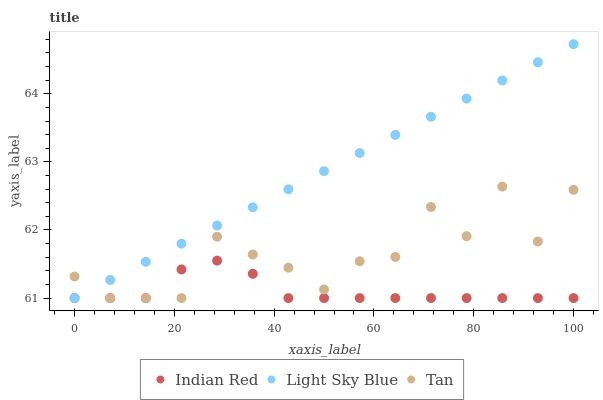
| xaxis_label | Indian Red | Light Sky Blue | Tan |
 | --- | --- | --- | --- |
 | 0 | 61 | 61 | 61.3 |
 | 7.14 | 61 | 61.3 | 61 |
 | 14.3 | 61 | 61.5 | 61 |
 | 21.4 | 61.4 | 61.8 | 61 |
 | 28.6 | 61.6 | 62.1 | 61.9 |
 | 35.7 | 61.4 | 62.3 | 61.6 |
 | 42.9 | 61 | 62.6 | 61.4 |
 | 50 | 61 | 62.9 | 61.1 |
 | 57.1 | 61 | 63.1 | 61.5 |
 | 64.3 | 61 | 63.4 | 61.6 |
 | 71.4 | 61 | 63.7 | 62.3 |
 | 78.6 | 61 | 63.9 | 61.9 |
 | 85.7 | 61 | 64.2 | 62.6 |
 | 92.9 | 61 | 64.5 | 61.8 |
 | 100 | 61 | 64.7 | 62.6 |